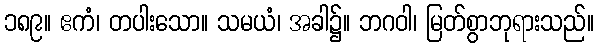
၁၈၉။ ဧကံ၊ တပါးသော။ သမယံ၊ အခါ၌။ ဘဂဝါ၊ မြတ်စွာဘုရားသည်။